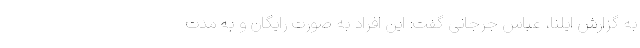
به گزارش ایلنا، عباس جرجانی گفت: این افراد به صورت رایگان و به مدت